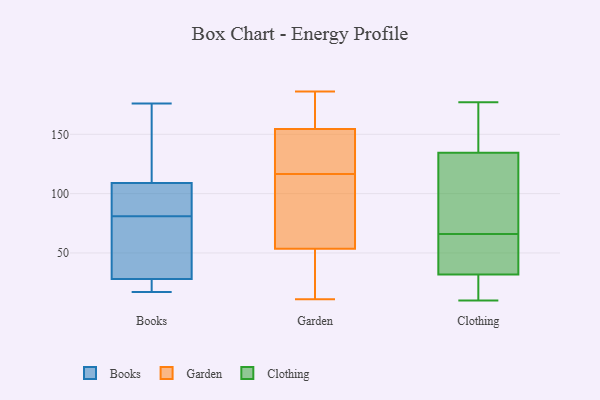
{"axis": {"x": "Population (Million)", "y": "Value"}, "legend": ["Books", "Clothing", "Garden"], "data": [{"x": "", "y": 150, "type": "Books"}, {"x": "", "y": 176, "type": "Books"}, {"x": "", "y": 109, "type": "Books"}, {"x": "", "y": 18, "type": "Books"}, {"x": "", "y": 82, "type": "Books"}, {"x": "", "y": 44, "type": "Books"}, {"x": "", "y": 28, "type": "Books"}, {"x": "", "y": 172, "type": "Books"}, {"x": "", "y": 25, "type": "Books"}, {"x": "", "y": 106, "type": "Books"}, {"x": "", "y": 28, "type": "Books"}, {"x": "", "y": 80, "type": "Books"}, {"x": "", "y": 108, "type": "Books"}, {"x": "", "y": 96, "type": "Books"}, {"x": "", "y": 45, "type": "Books"}, {"x": "", "y": 17, "type": "Books"}, {"x": "", "y": 175, "type": "Books"}, {"x": "", "y": 17, "type": "Books"}, {"x": "", "y": 104, "type": "Garden"}, {"x": "", "y": 72, "type": "Garden"}, {"x": "", "y": 71, "type": "Garden"}, {"x": "", "y": 129, "type": "Garden"}, {"x": "", "y": 36, "type": "Garden"}, {"x": "", "y": 13, "type": "Garden"}, {"x": "", "y": 11, "type": "Garden"}, {"x": "", "y": 156, "type": "Garden"}, {"x": "", "y": 151, "type": "Garden"}, {"x": "", "y": 153, "type": "Garden"}, {"x": "", "y": 186, "type": "Garden"}, {"x": "", "y": 177, "type": "Garden"}, {"x": "", "y": 56, "type": "Clothing"}, {"x": "", "y": 121, "type": "Clothing"}, {"x": "", "y": 30, "type": "Clothing"}, {"x": "", "y": 42, "type": "Clothing"}, {"x": "", "y": 137, "type": "Clothing"}, {"x": "", "y": 160, "type": "Clothing"}, {"x": "", "y": 19, "type": "Clothing"}, {"x": "", "y": 141, "type": "Clothing"}, {"x": "", "y": 66, "type": "Clothing"}, {"x": "", "y": 37, "type": "Clothing"}, {"x": "", "y": 177, "type": "Clothing"}, {"x": "", "y": 10, "type": "Clothing"}, {"x": "", "y": 127, "type": "Clothing"}, {"x": "", "y": 10, "type": "Clothing"}, {"x": "", "y": 66, "type": "Clothing"}]}